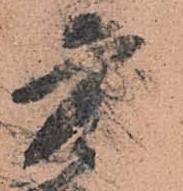
庫